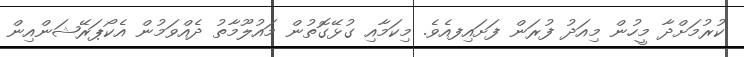
ކުރުމަށްދާ މީހުން މިއަދު ފުރަން ފަށައިފއެވެ. މިކަމާއި ގުޅޭގޮތުން މައުލޫމާތު ދެއްވަމުން އެކޯޕަރޭޝަންއިން